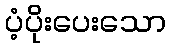
ပံ့ပိုးပေးသော